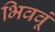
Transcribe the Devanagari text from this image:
भिववूं